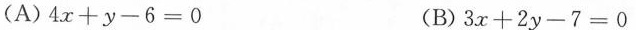
(A)$$4 x + y - 6 = 0$$ (B)$$3 x + 2 y - 7 = 0$$